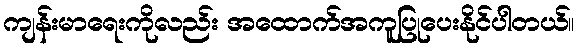
ကျန်းမာရေးကိုလည်း အထောက်အကူပြုပေးနိုင်ပါတယ်။